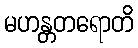
မဟန္တတရောတိ